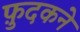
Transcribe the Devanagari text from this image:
फ़ुदकने